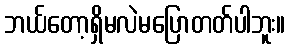
ဘယ်တော့ရှိမလဲမပြောတတ်ပါဘူး။